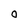
Character: O